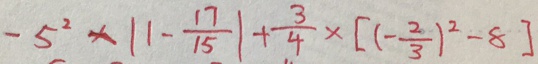
- 5 ^ { 2 } \times \vert 1 - \frac { 1 7 } { 1 5 } \vert + \frac { 3 } { 4 } \times [ ( - \frac { 2 } { 3 } ) ^ { 2 } - 8 ]